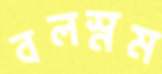
বলস্নম